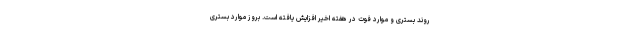
روند بستری و موارد فوت در هفته اخیر افزایش یافته است. بروز موارد بستری